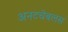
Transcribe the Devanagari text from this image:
अनटचेबलस